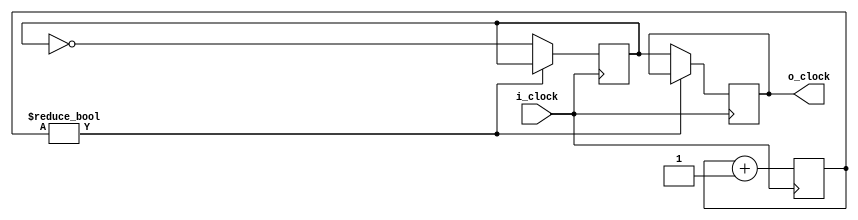
`timescale 1ns / 1ps

module clock_divider(i_clock, o_clock);
    parameter SCALE = 20;

    input i_clock;
    output o_clock;

    reg [SCALE-1:0] counter;
    reg clock_flag = 1;
    reg output_clock = 0;

    assign o_clock = output_clock;

    always @(posedge i_clock) begin
        if (counter) begin
            counter <= counter + 1;
        end else begin
            output_clock <= clock_flag;
            clock_flag <= ~clock_flag;
            counter <= counter + 1;
        end
    end
endmodule